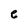
Character: e